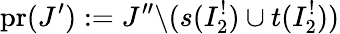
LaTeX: \mathrm{pr}(J^{\prime}):=J^{\prime\prime}\backslash(s(I_{2}^{!})\cup t(I_{2}^{!}))